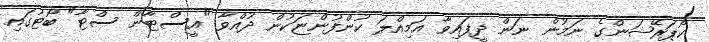
ކޯޕަރޭޝަންގެ ނަމުން ނަން ދީފައިވާ އަމިއްލަ ކުންފުންޏަކުން ދުއްވާ "އީސްޓާން ސްޓާ" ބޯޓުގައި